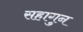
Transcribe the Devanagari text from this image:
सहागुन